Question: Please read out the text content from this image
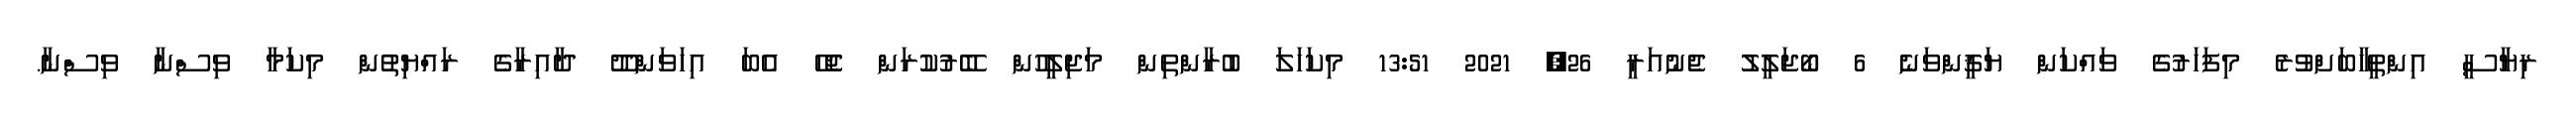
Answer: ރިޔާސީ އިންތީޚާބަށްވުރެ މިފަހަރުގެ ވައްކަން ޔަޤީންވަނެ 6 ބޯޖަލީލު ޖެނުއަރީ 26, 2021 13:51 މިކަހަލަ ބުރާންތިން މަޖިލީހުން ބޭރުކުރަން ޖެހޭ އެބަ އިހަވަންދޫ ދާއިރާގެ ރައްޔިތުން މިކަމާ ވިސްނާ ވިސްނާ.